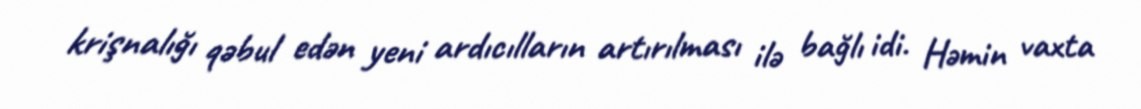
krişnalığı qəbul edən yeni ardıcılların artırılması ilə bağlı idi. Həmin vaxta